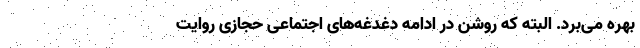
بهره می‌برد. البته که روشن در ادامه دغدغه‌های اجتماعی حجازی روایت